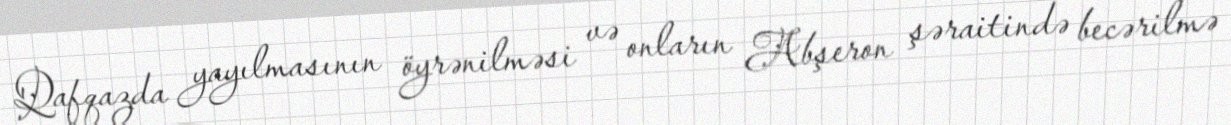
Qafqazda yayılmasının öyrənilməsi və onların Abşeron şəraitində becərilmə